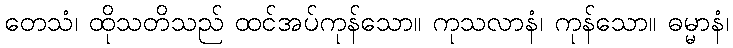
တေသံ၊ ထိုသတိသည် ထင်အပ်ကုန်သော။ ကုသလာနံ၊ ကုန်သော။ ဓမ္မာနံ၊